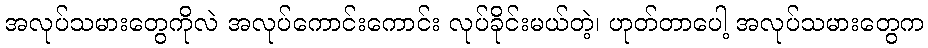
အလုပ်သမားတွေကိုလဲ အလုပ်ကောင်းကောင်း လုပ်ခိုင်းမယ်တဲ့၊ ဟုတ်တာပေါ့ အလုပ်သမားတွေက